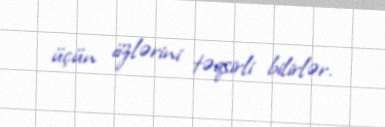
üçün özlərini təqsirli bilirlər.